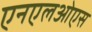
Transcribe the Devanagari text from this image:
एनएलओएस